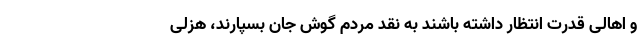
و اهالی قدرت انتظار داشته باشند به نقد مردم گوش جان بسپارند، هزلی